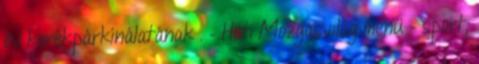
év kerékpárkínálatának . – Heti Mozgásvilág menü – sport,